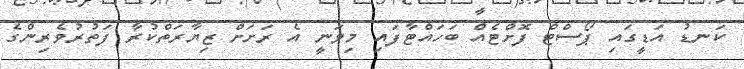
ކަނޑު އަޑީގައި ޕޯސްޓް ފޮށްޓެއް ބަހައްޓާފައި މިވަނީ އެ ރަށަށް ޒިޔާރަތްކުރާ ފަތުރުވެރިންގެ